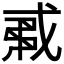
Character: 𢧟